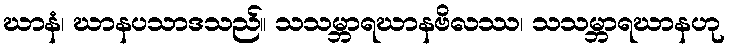
ဃာနံ၊ ဃာနပသာဒသည်။ သသမ္ဘာရဃာနဗိလဿ၊ သသမ္ဘာရဃာနဟု